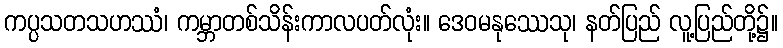
ကပ္ပသတသဟဿံ၊ ကမ္ဘာတစ်သိန်းကာလပတ်လုံး။ ဒေဝမနုဿေသု၊ နတ်ပြည် လူ့ပြည်တို့၌။